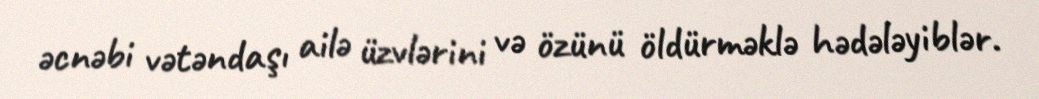
əcnəbi vətəndaşı ailə üzvlərini və özünü öldürməklə hədələyiblər.